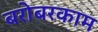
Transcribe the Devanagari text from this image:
बरोबरकाम